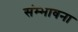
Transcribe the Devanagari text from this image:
संम्भावना